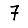
Digit: 7